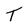
Character: T